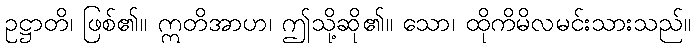
ဥဋ္ဌာတိ၊ ဖြစ်၏။ ဣတိအာဟ၊ ဤသို့ဆို၏။ သော၊ ထိုကိမိလမင်းသားသည်။